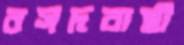
রসদবাহী